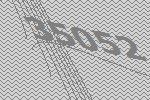
35052